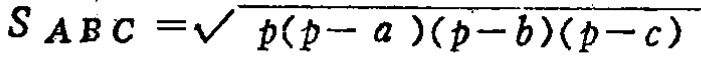
$S_{ABC}=\sqrt{p(p - a)(p - b)(p - c)}$